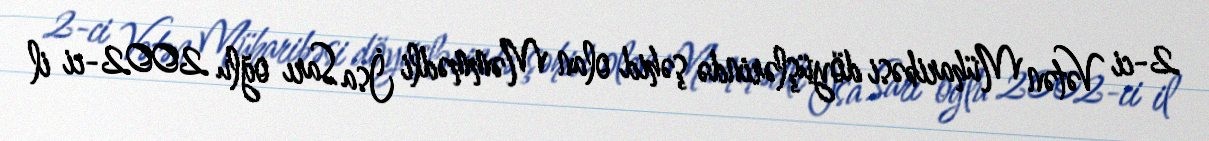
2-ci Vətən Müharibəsi döyüşlərində şəhid olan Məmmədli İsa Sarı oğlu 2002-ci il